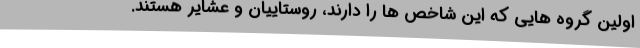
اولین گروه هایی که این شاخص ها را دارند، روستاییان و عشایر هستند.